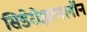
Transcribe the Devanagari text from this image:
सिडेरोझायलॉन